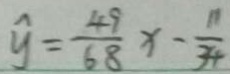
\widehat { y } = \frac { 4 9 } { 6 8 } x - \frac { 1 1 } { 3 4 }